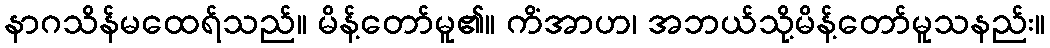
နာဂသိန်မထေရ်သည်။ မိန့်တော်မူ၏။ ကိံအာဟ၊ အဘယ်သို့မိန့်တော်မူသနည်း။